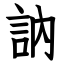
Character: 訥